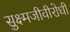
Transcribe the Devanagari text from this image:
सुक्ष्मजीवीरोधी